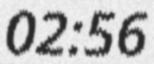
02:56